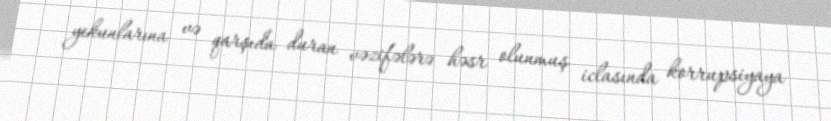
yekunlarına və qarşıda duran vəzifələrə həsr olunmuş iclasında korrupsiyaya